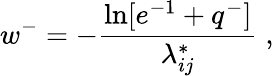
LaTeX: w^{-}=-\frac{\ln[e^{-1}+q^{-}]}{\lambda_{ij}^{*}}\; ,